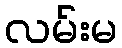
လမ်းမ